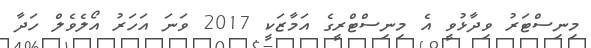
މިނިސްޓަރު ވިދާޅުވީ އެ މިނިސްޓްރީގެ އަމާޒަކީ 2017 ވަނަ އަހަރު އޯލެވެެލް ހަދާ